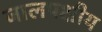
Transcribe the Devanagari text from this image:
जालपक्षीय